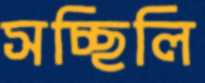
সচ্ছিলি